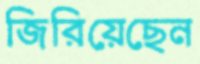
জিরিয়েছেন